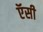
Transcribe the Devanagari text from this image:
ऍसी